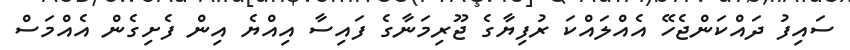
ސައިފު ދައްކަންޖެހޭ އެއްލައްކަ ރުފިޔާގެ ޖޫރިމަނާގެ ފައިސާ އިއްޔެ އިން ފެށިގެން އެއްމަސް